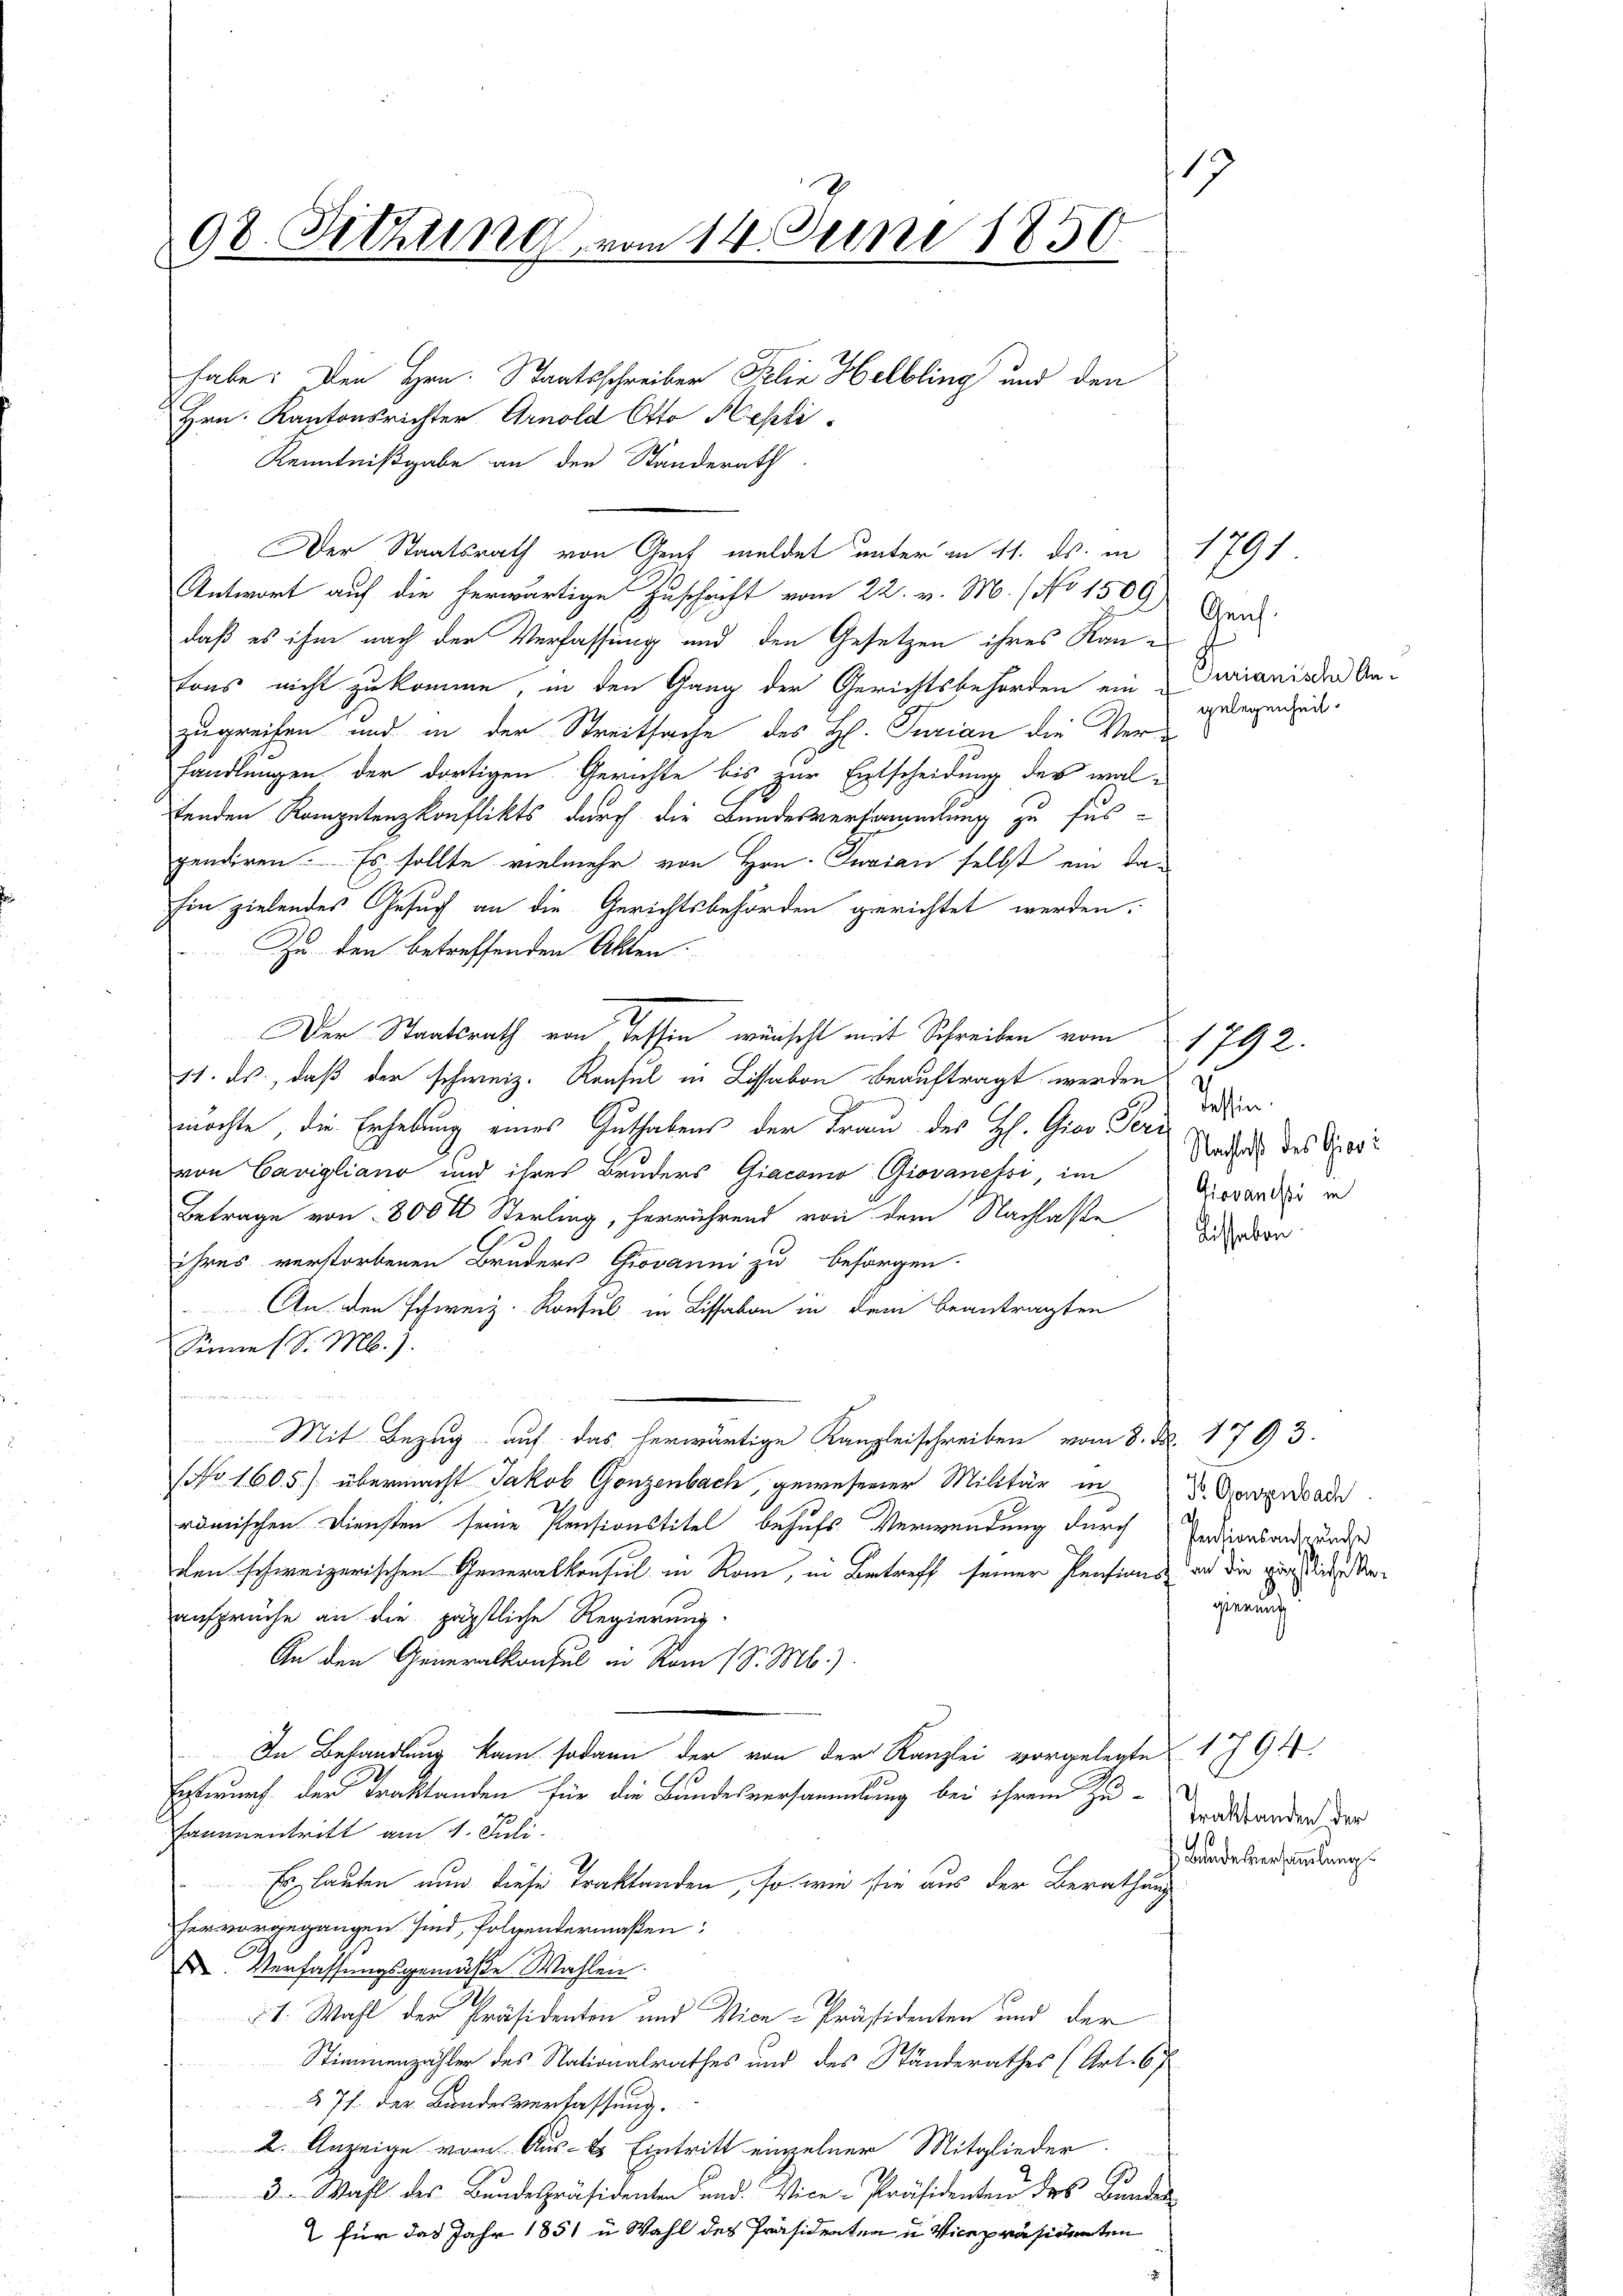
19
98. Sitzung vom 14. Juni 1850
habe: Den Hrn. Staatsschreiber Felix Helbling und den
Hrn. Kantonsrichter Arnold Otto Hepti

Kenntnißgabe an den Standerath
Antwort auf die herwärtige Zuschrift vom 22. v. M. (No 1509)
daß es ihm nach der Verfassung und den Gesetzen ihres Kanfons nicht zukomme, in den Gang der Gerichtsbehörden ein-
zugreifen und in der Streitsache des H. Turian die Verhandlungen der dortigen Gerichte bis zur Entscheidung des waltenden Kompetenzkonflikts durch die Bundesversammlung zu sus-
pendiren. Es sollte vielmehr von Hrn. Jurian selbst ein da
Ein zielendes Gesuch an die Gerichtsbehörden gerichtet werden.
Zu den betreffenden Akten.
Der Staatsrath von Tessin wünscht mit Schreiben vom 1792.
11. ds, daß der schweiz. Konsul in Lissabon beauftragt werden
möchte, die Erhebung eines Guthabens der Frau des H. Gier Peri
von Carigliano und ihres Bruders Giacono Giovanessi, im
Betrage von 800 M Sterling, herrührend von dem Nachlaße
ihres verstorbenen Bruders Giovanni zu besorgen.
An den schweiz. Konsul in Lissabon in dem beantragten
Sinne (S. M.).
Mit Bezug auf das herwärtige Kanzleischreiben vom 8. Nr. 1793.
(No 1605) übermacht Jakob Gonzenbach, gewesener Militär in Dr. Gerade
römischen Diensten seine Pensionstitel behufs Verwendung durch
den schweizerischen Generalkonsul in Rom, in Betreff seiner Pensions an die verlichen Anansprüche an die päpstliche Regierung
An den Generalkonsul in vom 1 S. M.).
In Behandlung kam sodann der von der Kanzlei vorgelegte 1794.
Entwurf der Traktanden für die Bundesversammlung bei ihrem Zusamentritt am 1. Juli.
Es lauten nun diese Traktanden, so wie sie aus der Berathung
her vorgegangen sind, folgendermaßen:
 Verfassungsgemäße Wahlen.
2
§. 1. Wahl der Präsidenten und Vice-Präsidenten und der
Stimmenzähler des Nationalrathes und des Ständerathes (Art. 67
§ 71. der Bundesverfassung.
2. Anzeige vom Aus-E. Eintritt einzelner Mitglieder.
3.- Wahl des Bundespräsidenten und Vice-Präsidenten des Bunder
2 für das Jahr 1851 u Wahl des Präsidenten u Vicepräsidenten

Der Staatsrath von Graf meldet unter in 11. ds. in

Genf.
Purianische Angelegenheit.

191

Tessin.
Nachtes des Giori
Giovanisi in
Kissabon

Pentionsanspruche
gierung

Traktanden der
 Bande versammlungs